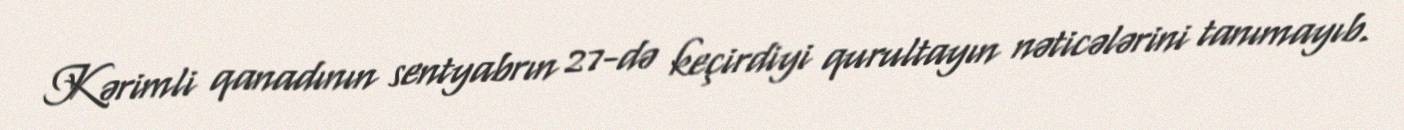
Kərimli qanadının sentyabrın 27-də keçirdiyi qurultayın nəticələrini tanımayıb.